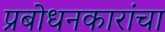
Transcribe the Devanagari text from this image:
प्रबोधनकारांचा